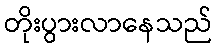
တိုးပွားလာနေသည်